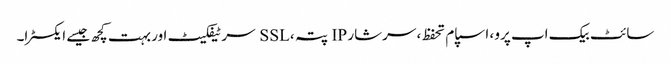
سائٹ بیک اپ پرو ، اسپام تحفظ ، سرشار IP پتہ ، SSL سرٹیفکیٹ اور بہت کچھ جیسے ایکسٹرا۔